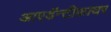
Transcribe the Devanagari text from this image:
आएडॅन्टीफ़ायर